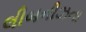
લીબનીઝના